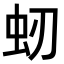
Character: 𧈳